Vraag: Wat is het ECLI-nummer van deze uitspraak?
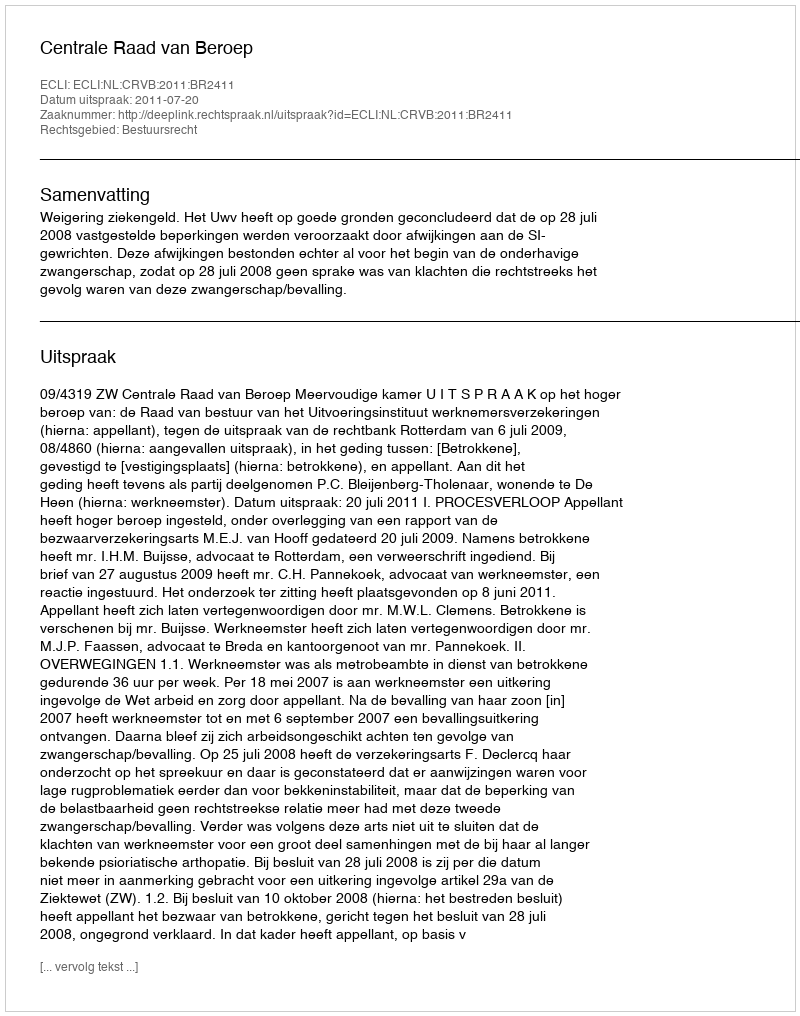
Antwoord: ECLI:NL:CRVB:2011:BR2411